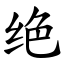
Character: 绝